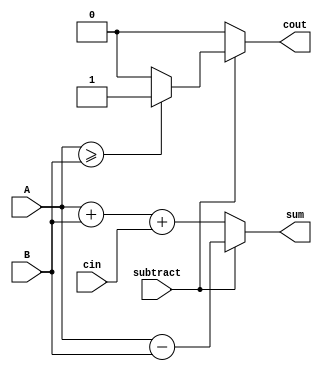
module adder_subtractor (
    input [15:0] A, // 16-bit input A
    input [15:0] B, // 16-bit input B
    input cin,       // Carry-in for addition
    input subtract,  // Control input to select subtraction
    output reg [15:0] sum, // 16-bit output sum
    output reg cout      // Carry-out from addition
);

always @(*) begin
    if (subtract) begin
        sum = A - B;
        cout = (A >= B) ? 1 : 0; // Carry-out is 1 if A is greater than or equal to B in subtraction
    end else begin
        sum = A + B + cin;
        cout = (sum[16] == 1) ? 1 : 0; // Carry-out is the 17th bit of sum
    end
end

endmodule